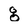
Character: g